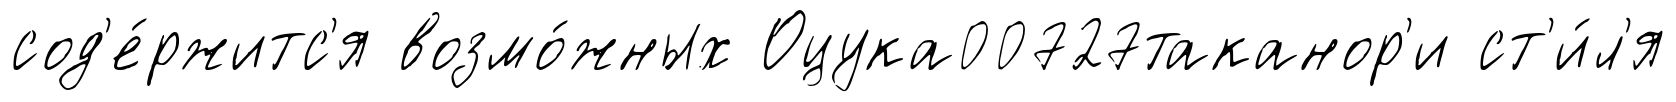
сод'е́ржитс'я возмо́жных Оцука00727таканор'и ст'и́л'я